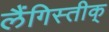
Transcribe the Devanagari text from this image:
लैंगिस्तीक्